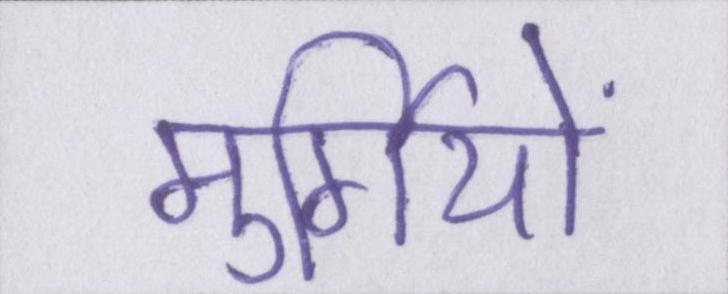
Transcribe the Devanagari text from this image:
मुर्गियों